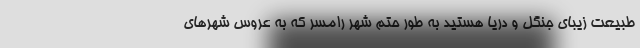
طبیعت زیبای جنگل و دریا هستید به طور حتم شهر رامسر که به عروس شهرهای